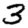
Digit: 3